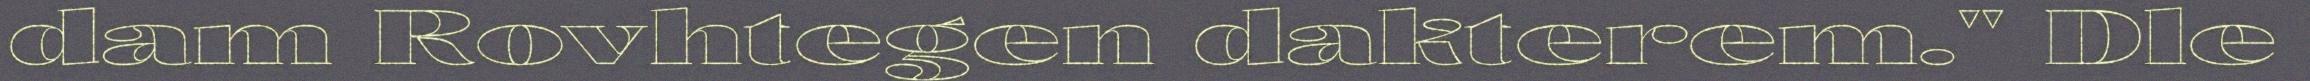
dam Rovhtegen dakterem." Dle